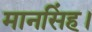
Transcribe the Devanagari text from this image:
मानसिंह।